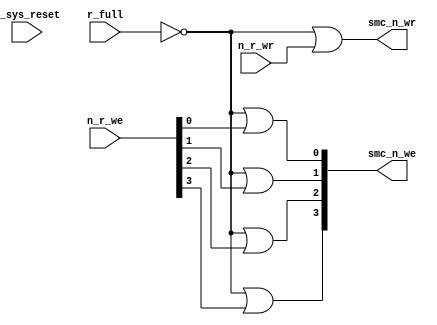
//Title       : 
//Description : 
//Notes       : 
//----------------------------------------------------------------------
//   Copyright 1999-2010 Cadence Design Systems, Inc.
//   All Rights Reserved Worldwide
//
//   Licensed under the Apache License, Version 2.0 (the
//   "License"); you may not use this file except in
//   compliance with the License.  You may obtain a copy of
//   the License at
//
//       http://www.apache.org/licenses/LICENSE-2.0
//
//   Unless required by applicable law or agreed to in
//   writing, software distributed under the License is
//   distributed on an "AS IS" BASIS, WITHOUT WARRANTIES OR
//   CONDITIONS OF ANY KIND, either express or implied.  See
//   the License for the specific language governing
//   permissions and limitations under the License.
//----------------------------------------------------------------------


  module smc_wr_enable_lite (

                      //inputs                      

                      n_sys_reset,
                      r_full,
                      n_r_we,
                      n_r_wr,

                      //outputs

                      smc_n_we,
                      smc_n_wr);

//I/O
   
   input             n_sys_reset;   //system reset
   input             r_full;    // Full cycle write strobe
   input [3:0]       n_r_we;    //write enable from smc_strobe
   input             n_r_wr;    //write strobe from smc_strobe
   output [3:0]      smc_n_we;  // write enable (active low)
   output            smc_n_wr;  // write strobe (active low)
   
   
//output reg declaration.
   
   reg [3:0]          smc_n_we;
   reg                smc_n_wr;

//----------------------------------------------------------------------
// negedge strobes with clock.
//----------------------------------------------------------------------
      

//----------------------------------------------------------------------
      
//--------------------------------------------------------------------
// Gate Write strobes with clock.
//--------------------------------------------------------------------

  always @(r_full or n_r_we)
  
  begin
  
     smc_n_we[0] = ((~r_full  ) | n_r_we[0] );

     smc_n_we[1] = ((~r_full  ) | n_r_we[1] );

     smc_n_we[2] = ((~r_full  ) | n_r_we[2] );

     smc_n_we[3] = ((~r_full  ) | n_r_we[3] );

  
  end

//--------------------------------------------------------------------   
//write strobe generation
//--------------------------------------------------------------------   

  always @(n_r_wr or r_full )
  
     begin
  
        smc_n_wr = ((~r_full ) | n_r_wr );
       
     end

endmodule // smc_wr_enable